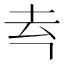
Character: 𪢳